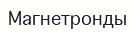
Магнетронды